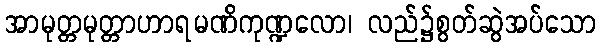
အာမုတ္တမုတ္တာဟာရမဏိကုဏ္ဍလော၊ လည်၌စွတ်ဆွဲအပ်သော